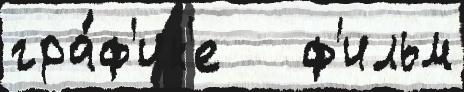
гра́ф'ик'е   ф'ильм